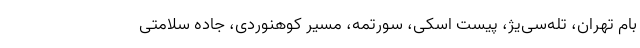
بام تهران، تله‌سی‌یژ، پیست اسکی، سورتمه، مسیر کوهنوردی، جاده سلامتی